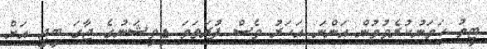
ޓީމު ހަމަނުކުރެވުމުން އަންނަ އަހަރު ވެސް ފުރަތަމަ ޑިވިޝަނުގެ ޖާގަ ބީޖީ އަށް